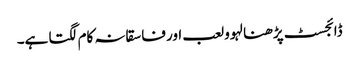
ڈائجسٹ پڑھنا لہوو لعب اور فاسقانہ کام لگتا ہے۔